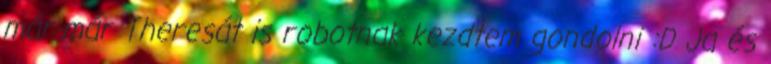
már-már Theresát is robotnak kezdtem gondolni :D Ja és